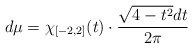
\begin{align*}d\mu=\chi_{[-2,2]}(t)\cdot \frac{\sqrt{4-t^2}dt}{2\pi}\end{align*}